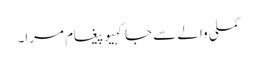
کملی والے سے جا کہیو پیغام مرا۔